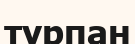
турпан